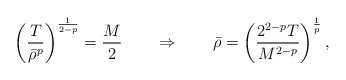
\begin{align*}\left(\frac T{\bar \rho^p}\right)^{\frac1{2-p}}=\frac M2\qquad\Rightarrow\qquad\bar \rho=\left(\frac{2^{2-p}T}{M^{2-p}}\right)^{\frac1p},\end{align*}